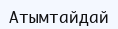
Атымтайдай